Vaccination North-Western Provinces and Oudh 1878-1895 - 1878-1895
Year: 1878
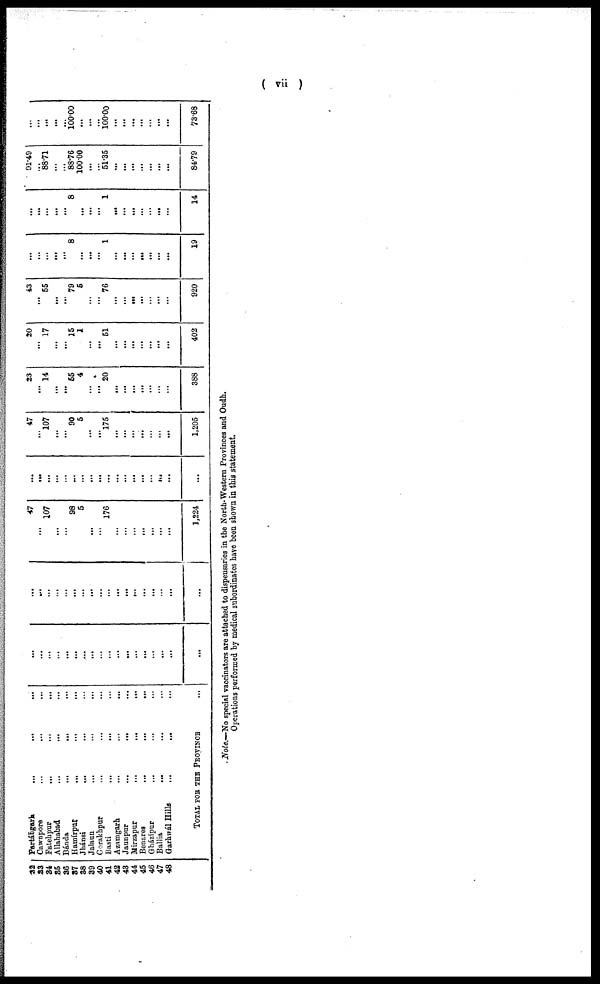
( vii )
32
as 34
85
36
37
88
39
40
41
42
43
44
45
46
47
48
Partáhgarh
...
... ...
Cawnpore ... ... ...
Fatehpur ... ... ...
Allahabad ... ... ...
Bánda
...
...
...
Hamírpur
...
...
...
Jhánsi ... ... ...
Jalaua
...
...
...
Gorakhpur ... ... ...
Basti ... ... ...
Azamgarh
...
...
...
Jaunpur
...
...
...
Mirzapur
...
...
...
Benares
...
...
...
Gházipur ... ... ...
Ballia ... ... ...
Garhwál Hills ... ... ...
TOTAL FOR THE PROVINCE ...
...
...
...
...
...
...
...
...
...
...
...
...
...
...
...
...
...
...
...
...
...
...
...
...
...
...
...
...
...
...
...
...
...
...
...
...
47
... 107
...
...
98
5
...
...
176
...
...
...
...
...
...
...
1,224
...
...
...
...
...
...
...
...
...
...
...
...
...
...
...
...
...
...
47
... 107
...
...
90
5
...
...
175
...
...
...
...
...
...
...
1,205
23
... 14
...
...
55
4
...
...
20
...
...
...
...
...
...
...
388
20
... 17
...
...
15
1
...
...
51
...
...
...
...
...
...
...
402
43
... 55
...
...
79
5
...
...
76
...
...
...
...
...
...
...
920
...
...
...
...
...
8
...
...
...
1
...
...
...
...
...
...
...
19
...
...
...
...
...
8
...
...
...
1
...
...
...
...
...
...
...
14
91.49
...
88.71
...
...
88.76
100.00
...
...
51.35
...
...
...
...
...
...
...
84.79
...
...
...
...
...
100.00
...
...
...
100.00
...
...
...
...
...
...
...
73.68
Note.— No special vaccinators are attached to dispensaries in the North-Western Provinces and Oudh.
Operations performed by medical subordinates have been shown in this statement.